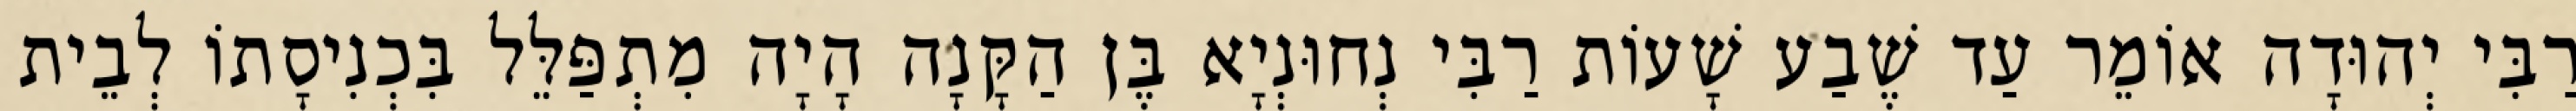
רַבִּי יְהוּדָה אוֹמֵר עַד שֶׁבַע שָׁעוֹת רַבִּי נְחוּנְיָא בֶּן הַקָּנָה הָיָה מִתְפַּלֵּל בִּכְנִיסָתוֹ לְבֵית